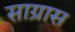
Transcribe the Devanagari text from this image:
साग्रास